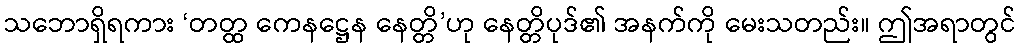
သဘောရှိရကား ‘တတ္ထ ကေနဋ္ဌေန နေတ္တိ’ဟု နေတ္တိပုဒ်၏ အနက်ကို မေးသတည်း။ ဤအရာတွင်